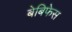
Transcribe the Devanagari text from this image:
बेबिफेस